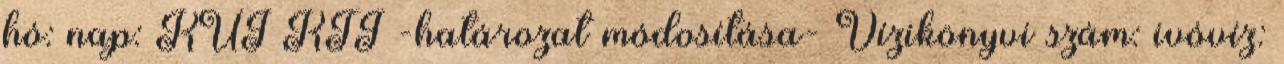
hó: nap: KÜJ KTJ -határozat módosítása- Vízikönyvi szám: ivóvíz: